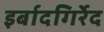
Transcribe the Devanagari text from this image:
इर्बादगिर्रेद